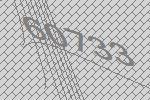
60733